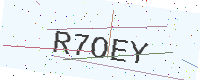
Text: R7OEY